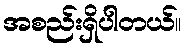
အစည်းရှိပါတယ်။